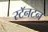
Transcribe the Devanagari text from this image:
स्टॅनटन